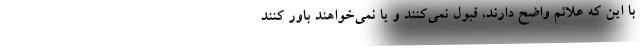
با این که علائم واضح دارند، قبول نمی‌کنند و یا نمی‌خواهند باور کنند